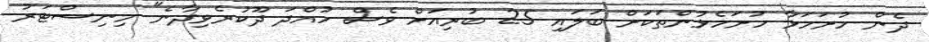
ދެން ހުށަހަޅާ ހުށަހެޅުންތަކަށް ބަލައި 25 ބުރިއަށް ވެސް ހުއްދަ ދޫކުރެވިދާނެ" މިނިސްޓަރު